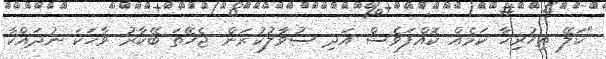
"ކަލޭ ތިހުރިހާ ކަމެއް ކޮއްފަވެސް އަދި ސުވާލުކުރަން ޖެހޭތަ ބޭކާރު ވާހަކަ ނުދައްކާ